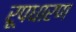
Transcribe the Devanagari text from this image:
रूपधारण